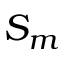
S _ { m }